Mental hospitals Bombay report 1929-33 - 1929-1933
Year: 1929
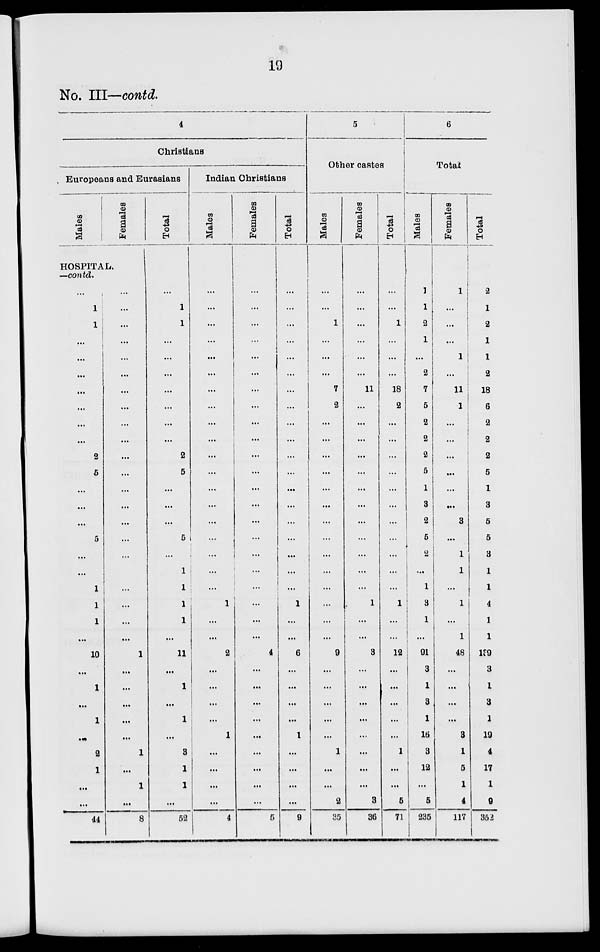
19
No. III—contd.
4
Christians
Europeans and Eurasians
Males
Females
HOSPITAL,
—contd.
...
1
1
...
...
...
...
...
...
...
2
5
...
...
...
5
...
...
1
1
1
...
10
...
1
...
1
...
2
1
...
...
44
...
...
...
...
...
...
...
...
...
...
...
...
...
...
...
...
...
...
...
...
...
...
1
...
...
...
...
...
1
...
1
...
8
Total
...
1
1
...
...
...
...
...
...
...
2
5
...
...
...
5
...
1
1
1
1
...
11
...
1
...
1
...
3
1
1
...
52
Indian Christians
Males
...
...
...
...
...
...
...
...
...
...
...
...
...
...
...
...
...
...
...
1
...
...
2
...
...
...
...
1
...
...
...
...
4
Females
...
...
...
...
...
...
...
...
...
...
...
...
...
...
...
...
...
...
...
...
...
...
4
...
...
...
...
...
...
...
...
...
5
Total
...
...
...
...
...
...
...
...
...
...
...
...
...
...
...
...
...
...
...
1
...
...
6
...
...
...
...
1
...
...
...
...
9
5
Other castes
Males
...
...
1
...
...
...
7
2
...
...
...
...
...
...
...
...
...
...
...
...
...
...
9
...
...
...
...
...
1
...
...
2
35
Females
...
...
...
...
...
...
11
...
...
...
...
...
...
...
...
...
...
...
...
1
...
...
3
...
...
...
...
...
...
...
...
3
36
Total
...
...
1
...
...
...
18
2
...
...
...
...
...
...
...
...
...
...
...
1
...
...
12
...
...
...
...
...
1
...
...
5
71
6
Total
Males
1
1
2
1
...
2
7
5
2
2
2
5
1
3
2
5
2
...
1
3
1
...
91
3
1
3
1
16
3
12
...
5
235
Females
1
...
...
...
1
...
11
1
...
...
...
...
...
...
3
...
1
1
...
1
...
1
48
...
...
...
...
3
1
5
1
4
117
Total
2
1
2
1
1
2
18
6
2
2
2
5
1
3
5
5
3
1
1
4
1
1
139
3
1
3
1
19
4
17
1
9
352